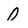
Character: 0